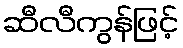
ဆီလီကွန်ဖြင့်